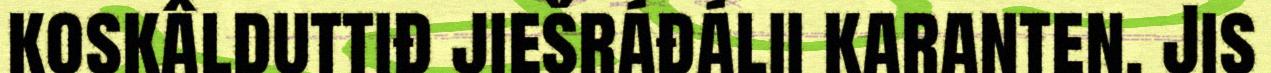
koskâlduttiđ jiešráđálii karanten. Jis